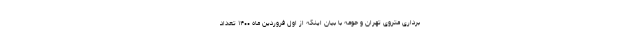
برداری متروی تهران و حومه با بیان اینکه از اول فروردین ماه ۱۴۰۰ تعداد